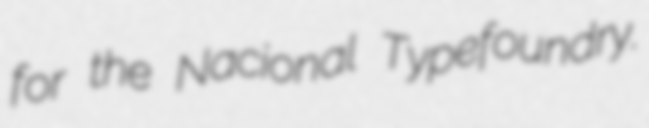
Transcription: for the Nacional Typefoundry.